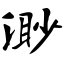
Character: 渺